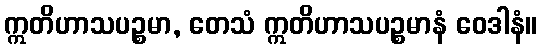
ဣတိဟာသပဉ္စမာ, တေသံ ဣတိဟာသပဉ္စမာနံ ဝေဒါနံ။